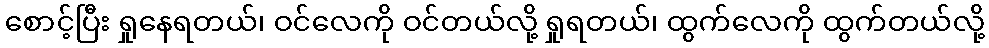
စောင့်ပြီး ရှုနေရတယ်၊ ဝင်လေကို ဝင်တယ်လို့ ရှုရတယ်၊ ထွက်လေကို ထွက်တယ်လို့